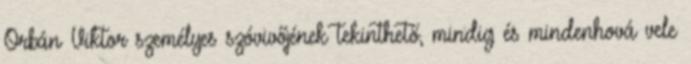
Orbán Viktor személyes szóvivőjének tekinthető, mindig és mindenhová vele